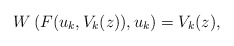
\begin{align*}W\left( F(u_k,V_k(z)),u_k\right) =V_k(z), \end{align*}